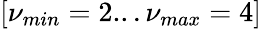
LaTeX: [\nu_{min}=2...\nu_{max}=4]